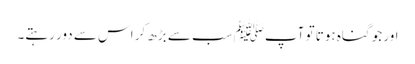
اور جو گناہ ہوتا تو آپﷺ سب سے بڑھ کر اس سے دور رہتے۔